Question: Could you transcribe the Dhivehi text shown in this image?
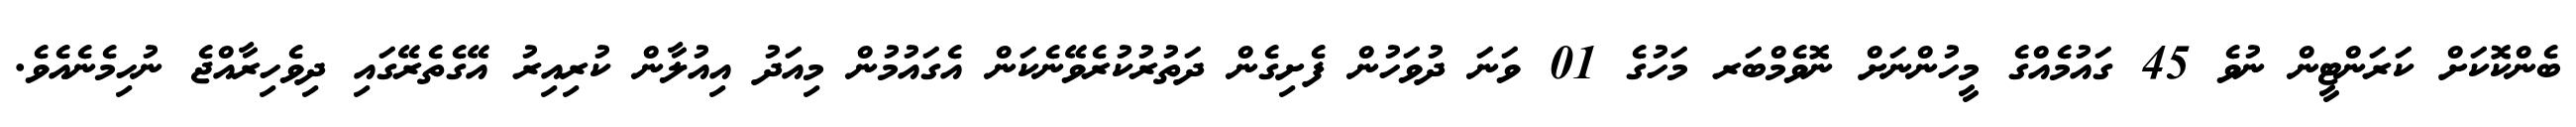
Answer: ބެންކޮކަށް ކަރަންޓީން ނުވެ 45 ގައުމެއްގެ މީހުންނަށް ނޮވެމްބަރ މަހުގެ 01 ވަނަ ދުވަހުން ފެށިގެން ދަތުރުކުރެވޭނެކަން އެގައުމުން މިއަދު އިއުލާން ކުރިއިރު އޭގެތެރޭގައި ދިވެހިރާއްޖެ ނުހިމެނެއެވެ.